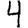
Digit: 4